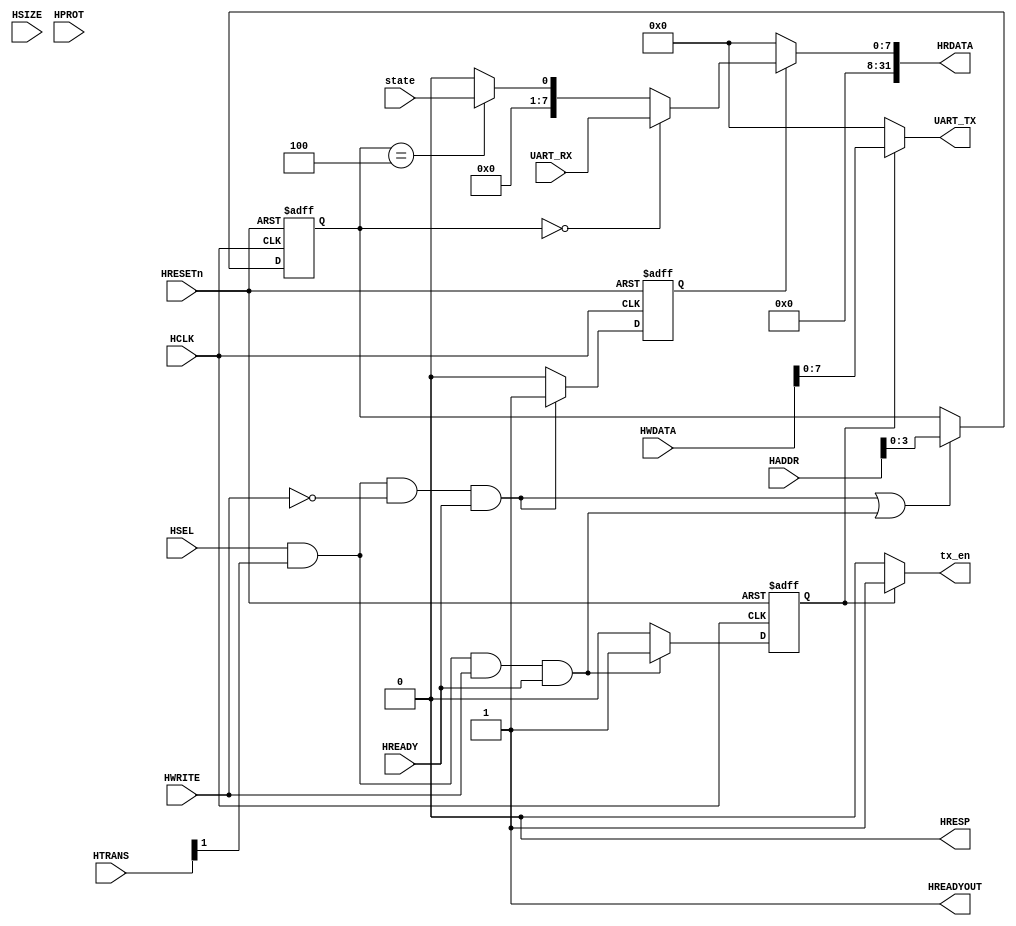
// This program was cloned from: https://github.com/flyjancy/CortexM0_SoC_Task
// License: MIT License

module AHBlite_UART(
    input  wire          HCLK,    
    input  wire          HRESETn, 
    input  wire          HSEL,    
    input  wire   [31:0] HADDR,   
    input  wire    [1:0] HTRANS,  
    input  wire    [2:0] HSIZE,   
    input  wire    [3:0] HPROT,   
    input  wire          HWRITE,  
    input  wire   [31:0] HWDATA,  
    input  wire          HREADY,  
    output wire          HREADYOUT, 
    output reg    [31:0] HRDATA,  
    output wire          HRESP,
    input  wire    [7:0] UART_RX,
    input  wire          state,
    output wire          tx_en,
    output wire    [7:0] UART_TX
);

assign HRESP = 1'b0;
assign HREADYOUT = 1'b1;

wire read_en;
assign read_en=HSEL&HTRANS[1]&(~HWRITE)&HREADY;

wire write_en;
assign write_en=HSEL&HTRANS[1]&(HWRITE)&HREADY;

reg [3:0] addr_reg;
always@(posedge HCLK or negedge HRESETn) begin
  if(~HRESETn) addr_reg <= 4'h0;
  else if(read_en || write_en) addr_reg <= HADDR[3:0];
end

reg rd_en_reg;
always@(posedge HCLK or negedge HRESETn) begin
  if(~HRESETn) rd_en_reg <= 1'b0;
  else if(read_en) rd_en_reg <= 1'b1;
  else rd_en_reg <= 1'b0;
end

reg wr_en_reg;
always@(posedge HCLK or negedge HRESETn) begin
  if(~HRESETn) wr_en_reg <= 1'b0;
  else if(write_en) wr_en_reg <= 1'b1;
  else  wr_en_reg <= 1'b0;
end

always@(*) begin
  if(rd_en_reg) begin
    if(addr_reg == 4'h0) HRDATA <= {24'b0,UART_RX};
    else if(addr_reg == 4'h4) HRDATA <= {31'b0,state};
    else HRDATA <= 32'b0;
  end else
    HRDATA <= 32'b0;
end

assign tx_en = wr_en_reg ? 1'b1 : 1'b0;
assign UART_TX = wr_en_reg ? HWDATA[7:0] : 8'b0;


endmodule